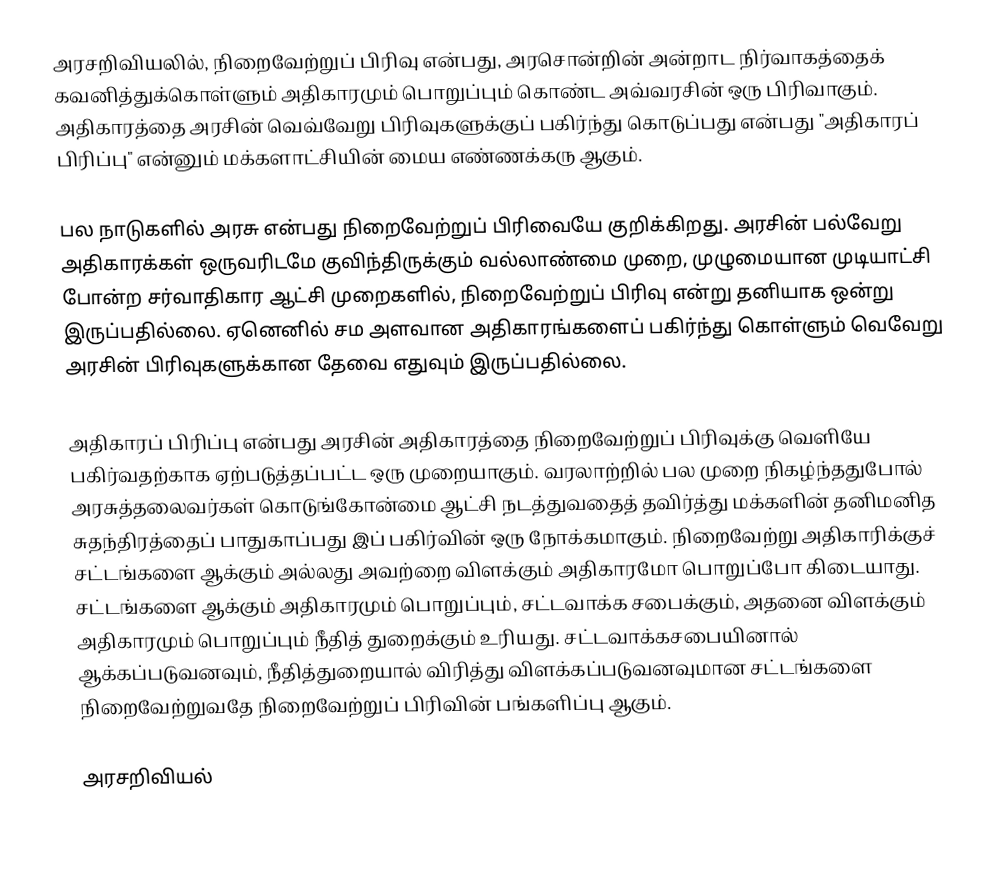
அரசறிவியலில், நிறைவேற்றுப் பிரிவு என்பது, அரசொன்றின் அன்றாட நிர்வாகத்தைக் கவனித்துக்கொள்ளும் அதிகாரமும் பொறுப்பும் கொண்ட அவ்வரசின் ஒரு பிரிவாகும். அதிகாரத்தை அரசின் வெவ்வேறு பிரிவுகளுக்குப் பகிர்ந்து கொடுப்பது என்பது "அதிகாரப் பிரிப்பு" என்னும் மக்களாட்சியின் மைய எண்ணக்கரு ஆகும்.

பல நாடுகளில் அரசு என்பது நிறைவேற்றுப் பிரிவையே குறிக்கிறது. அரசின் பல்வேறு அதிகாரக்கள் ஒருவரிடமே குவிந்திருக்கும் வல்லாண்மை முறை, முழுமையான முடியாட்சி போன்ற சர்வாதிகார ஆட்சி முறைகளில், நிறைவேற்றுப் பிரிவு என்று தனியாக ஒன்று இருப்பதில்லை. ஏனெனில் சம அளவான அதிகாரங்களைப் பகிர்ந்து கொள்ளும் வெவேறு அரசின் பிரிவுகளுக்கான தேவை எதுவும் இருப்பதில்லை.

அதிகாரப் பிரிப்பு என்பது அரசின் அதிகாரத்தை நிறைவேற்றுப் பிரிவுக்கு வெளியே பகிர்வதற்காக ஏற்படுத்தப்பட்ட ஒரு முறையாகும். வரலாற்றில் பல முறை நிகழ்ந்ததுபோல் அரசுத்தலைவர்கள் கொடுங்கோன்மை ஆட்சி நடத்துவதைத் தவிர்த்து மக்களின் தனிமனித சுதந்திரத்தைப் பாதுகாப்பது இப் பகிர்வின் ஒரு நோக்கமாகும். நிறைவேற்று அதிகாரிக்குச் சட்டங்களை ஆக்கும் அல்லது அவற்றை விளக்கும் அதிகாரமோ பொறுப்போ கிடையாது. சட்டங்களை ஆக்கும் அதிகாரமும் பொறுப்பும், சட்டவாக்க சபைக்கும், அதனை விளக்கும் அதிகாரமும் பொறுப்பும் நீதித் துறைக்கும் உரியது. சட்டவாக்கசபையினால் ஆக்கப்படுவனவும், நீதித்துறையால் விரித்து விளக்கப்படுவனவுமான சட்டங்களை நிறைவேற்றுவதே நிறைவேற்றுப் பிரிவின் பங்களிப்பு ஆகும்.

அரசறிவியல்